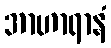
အာဟာရာနံ